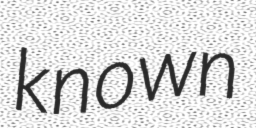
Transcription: known